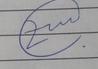
Signature authenticity: genuine